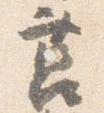
莒